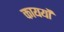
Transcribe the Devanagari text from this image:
कायर्यों